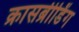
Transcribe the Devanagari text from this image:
क्रासब्रीडिंग